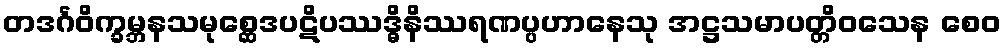
တဒင်္ဂဝိက္ခမ္ဘနသမုစ္ဆေဒပဋိပဿဒ္ဓိနိဿရဏပ္ပဟာနေသု အဋ္ဌသမာပတ္တိဝသေန စေဝ